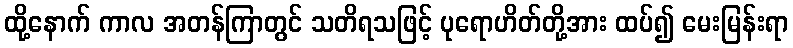
ထို့နောက် ကာလ အတန်ကြာတွင် သတိရသဖြင့် ပုရောဟိတ်တို့အား ထပ်၍ မေးမြန်းရာ